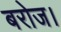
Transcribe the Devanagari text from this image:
बरोज।